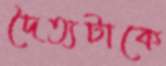
দৈত্যটাকে